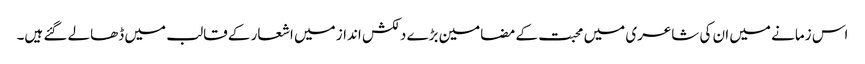
اس زمانے میں ان کی شاعری میں محبت کے مضامین بڑے دلکش انداز میں اشعار کے قالب میں ڈھالے گئے ہیں۔